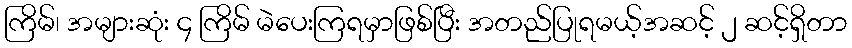
ကြိမ်၊ အများဆုံး ၄ ကြိမ် မဲပေးကြရမှာဖြစ်ပြီး အတည်ပြုရမယ့်အဆင့် ၂ ဆင့်ရှိတာ